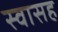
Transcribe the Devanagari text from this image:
स्‍वासह